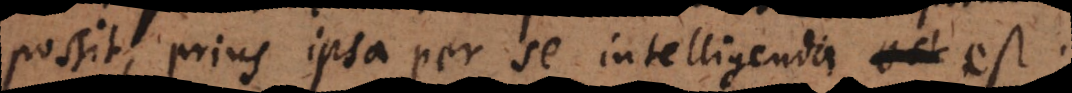
possit, prius ipsa per se intelligenda est.